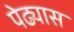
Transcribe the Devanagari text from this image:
पेढ्यास